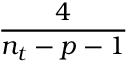
\frac { 4 } { n _ { t } - p - 1 }